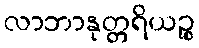
လာဘာနုတ္တရိယဉ္စ